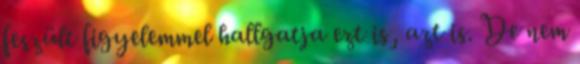
feszült figyelemmel hallgatja ezt is, azt is. De nem